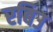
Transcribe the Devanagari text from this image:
रबिउ